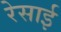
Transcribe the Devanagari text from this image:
रेसाई